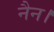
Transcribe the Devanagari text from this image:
नैन।